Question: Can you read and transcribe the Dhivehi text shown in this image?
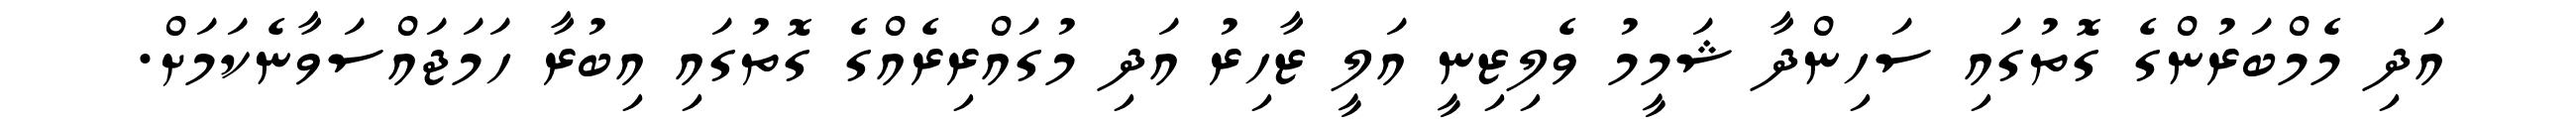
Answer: އަދި މެމްބަރުންގެ ގޮތުގައި ސަހިންދާ ޝަމީމު ވެލިޒިނީ އަލީ ޒާހިރު އަދި މުގައްރިރެއްގެ ގޮތުގައި އިބުރާ ހަމަޖައްސަވާނެކަމަށް.